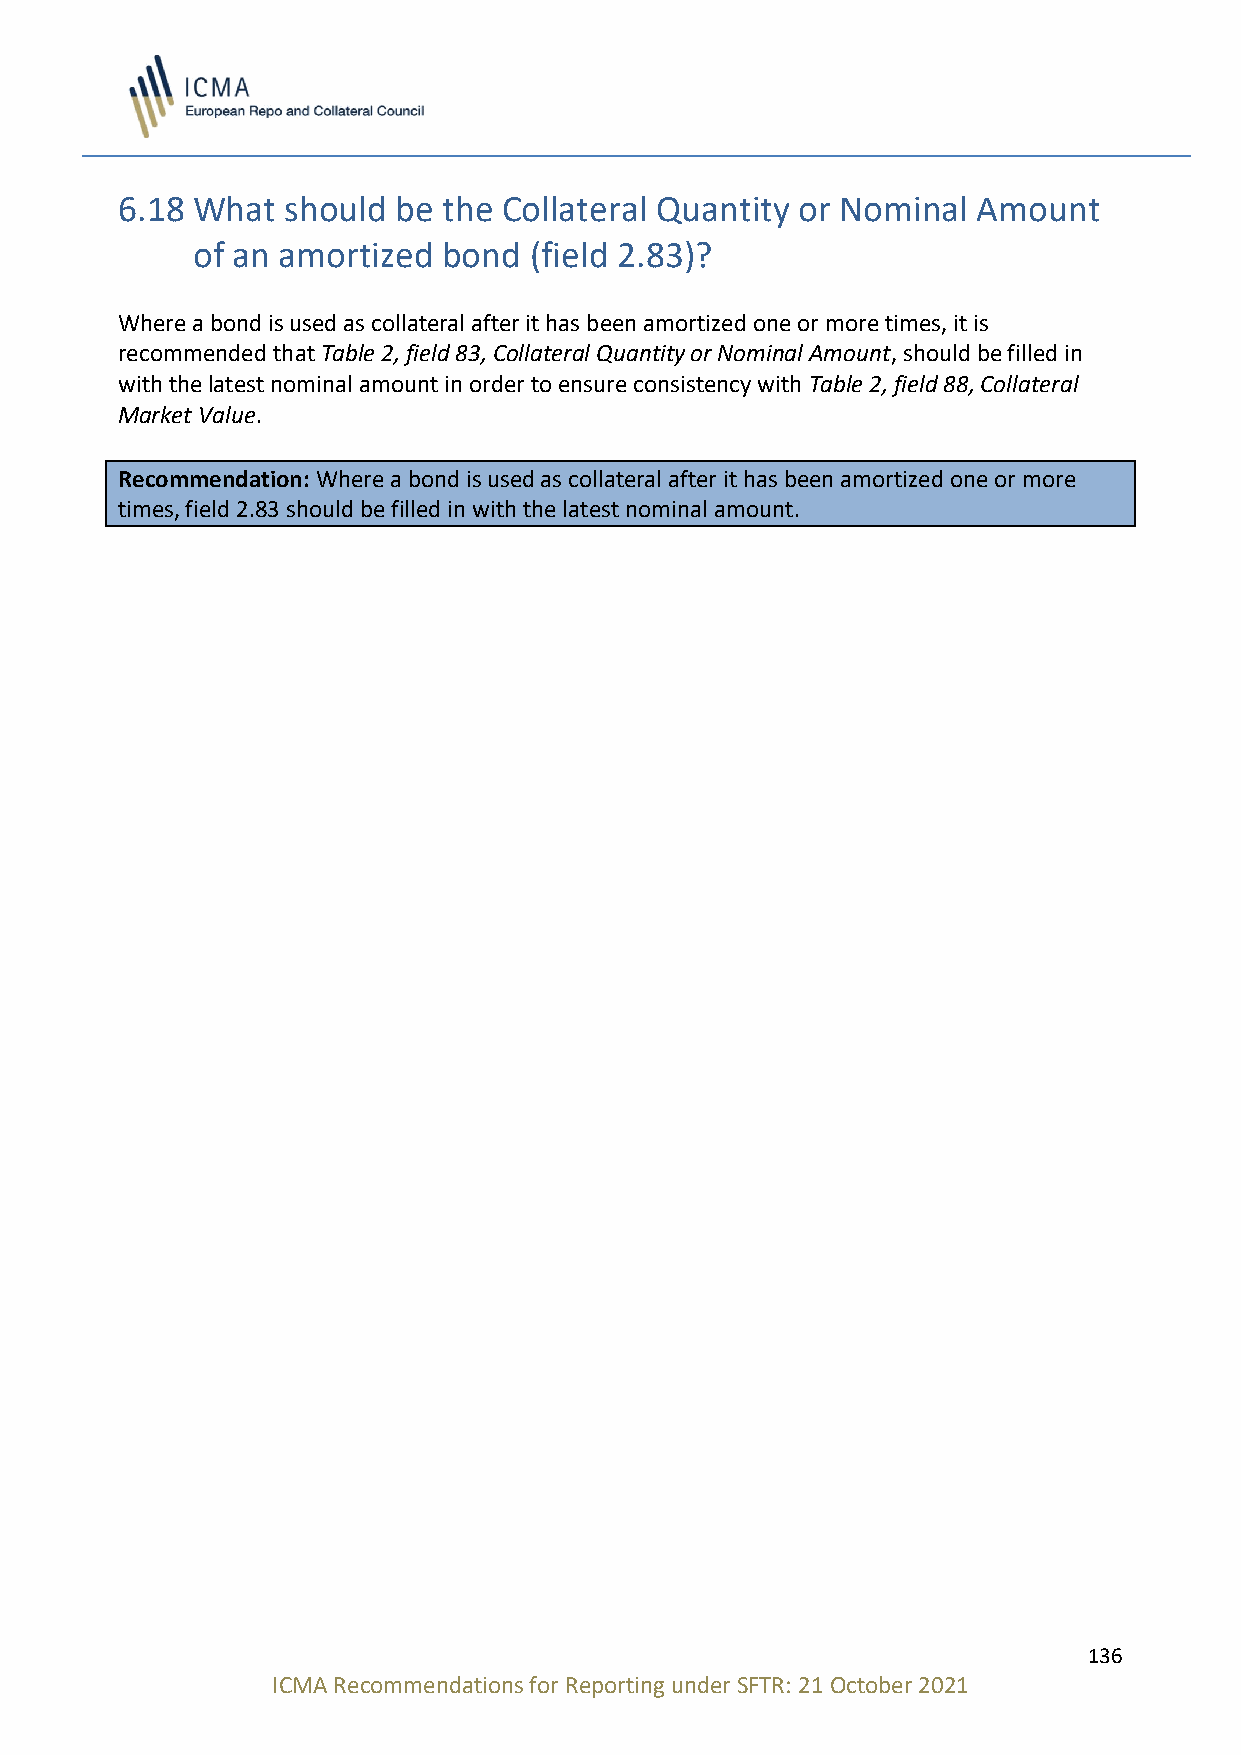
6.18 What  should be the Collateral Quantity or Nominal  Amount
 of an amortized bond  (field 2.83)?
 Where a bond is used as collateral after it has been amortized one or more times, it is
 recommended that Table 2, field 83, Collateral Quantity or Nominal Amount, should be filled in
 with the latest nominal amount in order to ensure consistency with Table 2, field 88, Collateral
 Market Value.
 Recommendation: Where a bond is used as collateral after it has been amortized one or more
 times, field 2.83 should be filled in with the latest nominal amount.
 136
 ICMA Recommendations for Reporting under SFTR: 21 October 2021